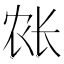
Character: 𲈥